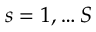
s = 1 , \ldots S